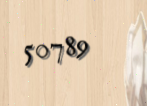
50789